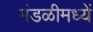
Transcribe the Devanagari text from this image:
मंडळीमध्यें